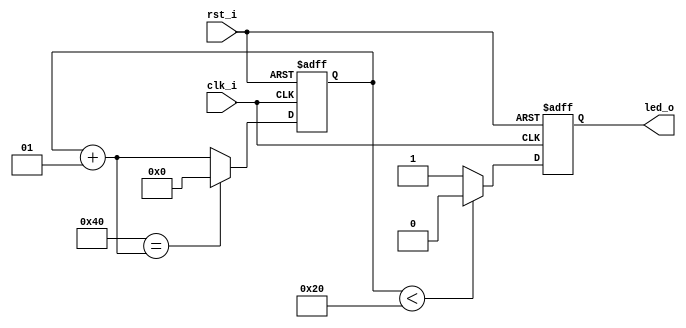
`timescale 1ns / 1ps




module div(clk_i, rst_i, led_o);
input clk_i;
input rst_i;
output led_o;

integer N=64;
integer counter=0;
integer out=0;
always @(posedge clk_i or posedge rst_i)

if(rst_i)
    begin 
        counter=0;
        out=0;
    end
    

else 
    begin
        if(counter<N/2)
        out=0;
        else
        out=1;
     counter= counter +1;
        if(N==counter)
        counter=0;
    end

    assign led_o=out;
    
endmodule